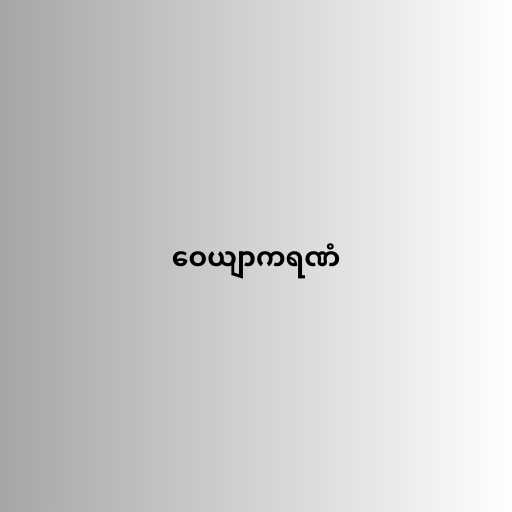
ဝေယျာကရဏံ